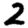
Digit: 2